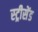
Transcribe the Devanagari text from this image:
स्ट्रीसेंड